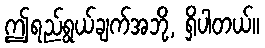
ဤရည်ရွယ်ချက်အဘို့, ရှိပါတယ်။